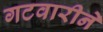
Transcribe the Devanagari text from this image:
गटवारीने